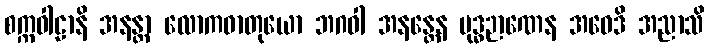
စက္ကဝါဠာနိ အနန္တာ လောကဓာတုယော ဘဂဝါ အနန္တေန ဗုဒ္ဓဉာဏေန အဝေဒိ အညာသိ